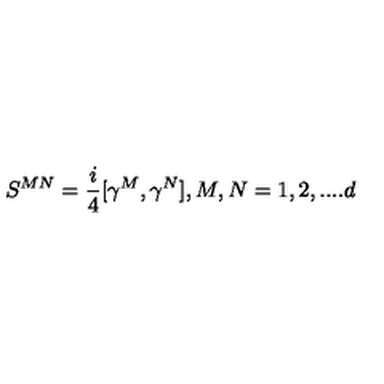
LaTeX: S ^ { M N } = { \frac { i } { 4 } } [ \gamma ^ { M } , \gamma ^ { N } ] , M , N = 1 , 2 , . . . . d